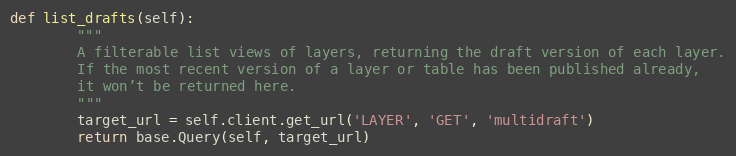
Language: Python
def list_drafts(self):
        """
        A filterable list views of layers, returning the draft version of each layer.
        If the most recent version of a layer or table has been published already,
        it won’t be returned here.
        """
        target_url = self.client.get_url('LAYER', 'GET', 'multidraft')
        return base.Query(self, target_url)